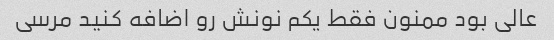
عالی بود ممنون فقط یکم نونش رو اضافه کنید مرسی